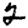
Digit: 2